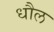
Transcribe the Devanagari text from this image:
धौल